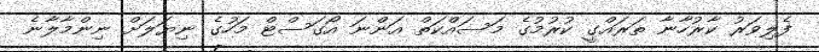
ފެލިވަރު ކާރުހާނާ ތަރައްގީ ކުރުމުގެ މަސައްކަތް އަންނަ އޯގަސްޓް މަހުގެ ނިޔަލަށް ނިންމާލާނެ